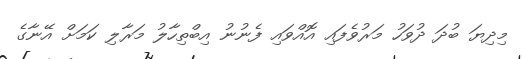
މިދިޔަ ބުދަ ދުވަހު މަރުވެފައި އޮއްވައި ފެނުނު އިބްތިހާލު މަރާލި ކަމަށް އޭނާގެ